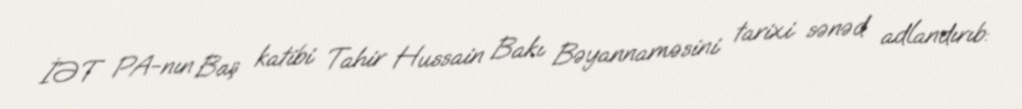
İƏT PA-nın Baş katibi Tahir Hussain Bakı Bəyannaməsini tarixi sənəd adlandırıb: